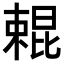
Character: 𣙹